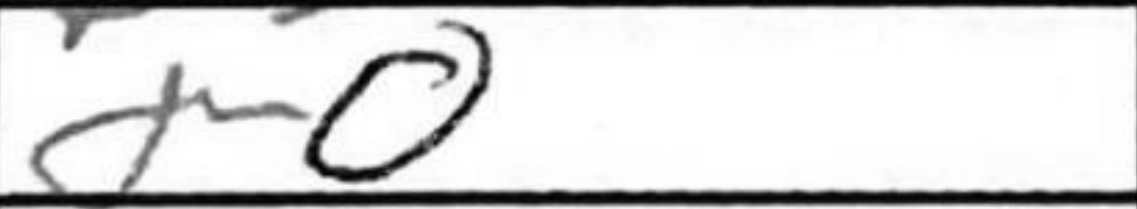
Transcription: O-O